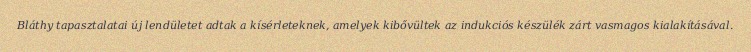
Bláthy tapasztalatai új lendületet adtak a kísérleteknek, amelyek kibővültek az indukciós készülék zárt vasmagos kialakításával.